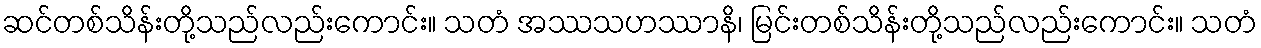
ဆင်တစ်သိန်းတို့သည်လည်းကောင်း။ သတံ အဿသဟဿာနိ၊ မြင်းတစ်သိန်းတို့သည်လည်းကောင်း။ သတံ